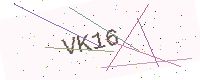
Text: VK16